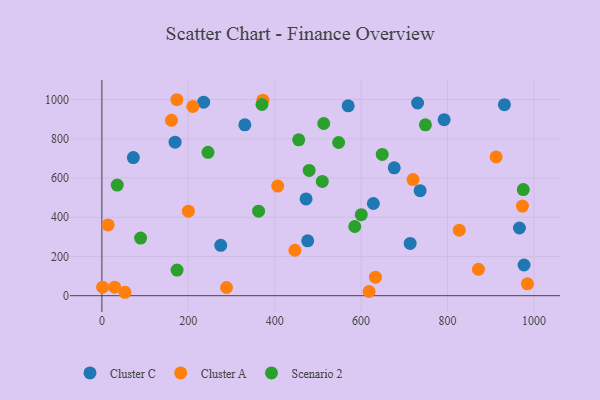
{"axis": {"x": "Price", "y": "Fuel Efficiency"}, "legend": ["Cluster A", "Cluster C", "Scenario 2"], "data": [{"x": "977.2", "y": 156.5, "type": "Cluster C"}, {"x": "275.1", "y": 256.7, "type": "Cluster C"}, {"x": "476.4", "y": 279.8, "type": "Cluster C"}, {"x": "169.4", "y": 782.5, "type": "Cluster C"}, {"x": "235.5", "y": 986.5, "type": "Cluster C"}, {"x": "628.4", "y": 469.9, "type": "Cluster C"}, {"x": "931.7", "y": 973.8, "type": "Cluster C"}, {"x": "792.2", "y": 897.3, "type": "Cluster C"}, {"x": "330.9", "y": 871.1, "type": "Cluster C"}, {"x": "676.7", "y": 651.9, "type": "Cluster C"}, {"x": "736.6", "y": 535.5, "type": "Cluster C"}, {"x": "730.8", "y": 982.1, "type": "Cluster C"}, {"x": "713.6", "y": 266.6, "type": "Cluster C"}, {"x": "72.8", "y": 704.0, "type": "Cluster C"}, {"x": "570.1", "y": 968.0, "type": "Cluster C"}, {"x": "966.5", "y": 345.0, "type": "Cluster C"}, {"x": "472.6", "y": 493.0, "type": "Cluster C"}, {"x": "912.5", "y": 707.2, "type": "Cluster A"}, {"x": "372.7", "y": 996.4, "type": "Cluster A"}, {"x": "827.2", "y": 334.2, "type": "Cluster A"}, {"x": "53.5", "y": 17.4, "type": "Cluster A"}, {"x": "984.9", "y": 60.6, "type": "Cluster A"}, {"x": "446.8", "y": 231.6, "type": "Cluster A"}, {"x": "210.4", "y": 964.3, "type": "Cluster A"}, {"x": "14.4", "y": 360.6, "type": "Cluster A"}, {"x": "618.5", "y": 21.4, "type": "Cluster A"}, {"x": "973.5", "y": 456.9, "type": "Cluster A"}, {"x": "200.2", "y": 430.7, "type": "Cluster A"}, {"x": "1.7", "y": 43.4, "type": "Cluster A"}, {"x": "871.6", "y": 134.3, "type": "Cluster A"}, {"x": "173.6", "y": 998.9, "type": "Cluster A"}, {"x": "288.5", "y": 41.8, "type": "Cluster A"}, {"x": "161.1", "y": 894.1, "type": "Cluster A"}, {"x": "720.2", "y": 591.8, "type": "Cluster A"}, {"x": "407.0", "y": 558.6, "type": "Cluster A"}, {"x": "633.2", "y": 94.6, "type": "Cluster A"}, {"x": "29.7", "y": 43.2, "type": "Cluster A"}, {"x": "748.9", "y": 871.2, "type": "Scenario 2"}, {"x": "35.5", "y": 563.9, "type": "Scenario 2"}, {"x": "600.4", "y": 412.9, "type": "Scenario 2"}, {"x": "362.7", "y": 430.9, "type": "Scenario 2"}, {"x": "585.3", "y": 352.7, "type": "Scenario 2"}, {"x": "648.9", "y": 720.0, "type": "Scenario 2"}, {"x": "975.4", "y": 540.7, "type": "Scenario 2"}, {"x": "245.6", "y": 730.8, "type": "Scenario 2"}, {"x": "513.5", "y": 877.7, "type": "Scenario 2"}, {"x": "548.0", "y": 780.8, "type": "Scenario 2"}, {"x": "510.2", "y": 582.4, "type": "Scenario 2"}, {"x": "455.6", "y": 794.5, "type": "Scenario 2"}, {"x": "370.5", "y": 974.6, "type": "Scenario 2"}, {"x": "89.6", "y": 293.9, "type": "Scenario 2"}, {"x": "479.8", "y": 638.3, "type": "Scenario 2"}, {"x": "174.0", "y": 130.8, "type": "Scenario 2"}]}